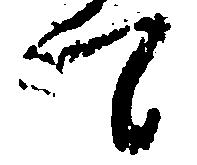
て